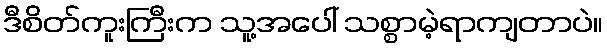
ဒီစိတ်ကူးကြီးက သူ့အပေါ် သစ္စာမဲ့ရာကျတာပဲ။